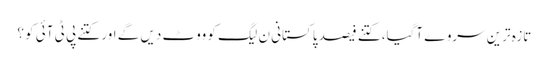
تازہ ترین سروے آگیا، کتنے فیصد پاکستانی ن لیگ کو ووٹ دیں گے اور کتنے پی ٹی آئی کو ؟